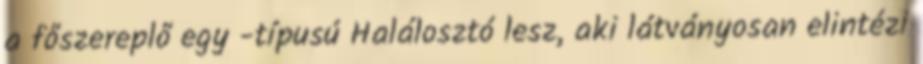
a főszereplő egy -típusú Halálosztó lesz, aki látványosan elintézi